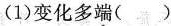
(1)变化多端( )